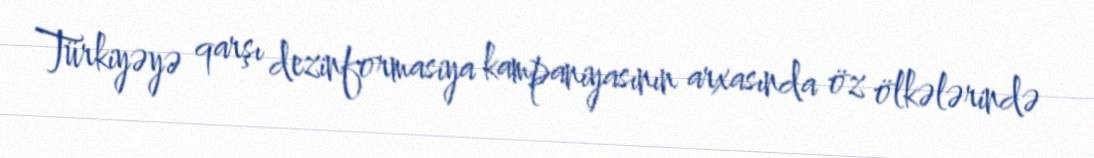
Türkiyəyə qarşı dezinformasiya kampaniyasının arxasında öz ölkələrində